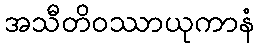
အသီတိဝဿာယုကာနံ